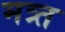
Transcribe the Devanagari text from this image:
मत्र्त